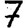
Digit: 7